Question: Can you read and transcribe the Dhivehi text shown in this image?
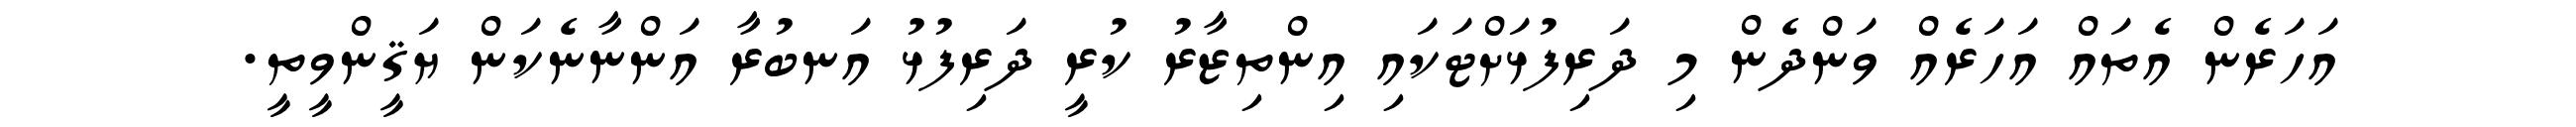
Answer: އަހަރެން އެތައް އަހަރެއް ވަންދެން މި ދަރިފުޅަށްޓަކައި އިންތިޒާރު ކުރީ ދަރިފުޅު އަނބުރާ އަންނާނެކަން ޔަޤީންވީތީ.